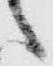
々